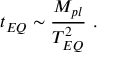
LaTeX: t _ { E Q } \sim \frac { M _ { p l } } { T _ { E Q } ^ { 2 } } \ .